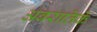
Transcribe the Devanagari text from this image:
अबरातिके